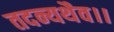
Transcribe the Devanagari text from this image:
तदन्यथैव।।